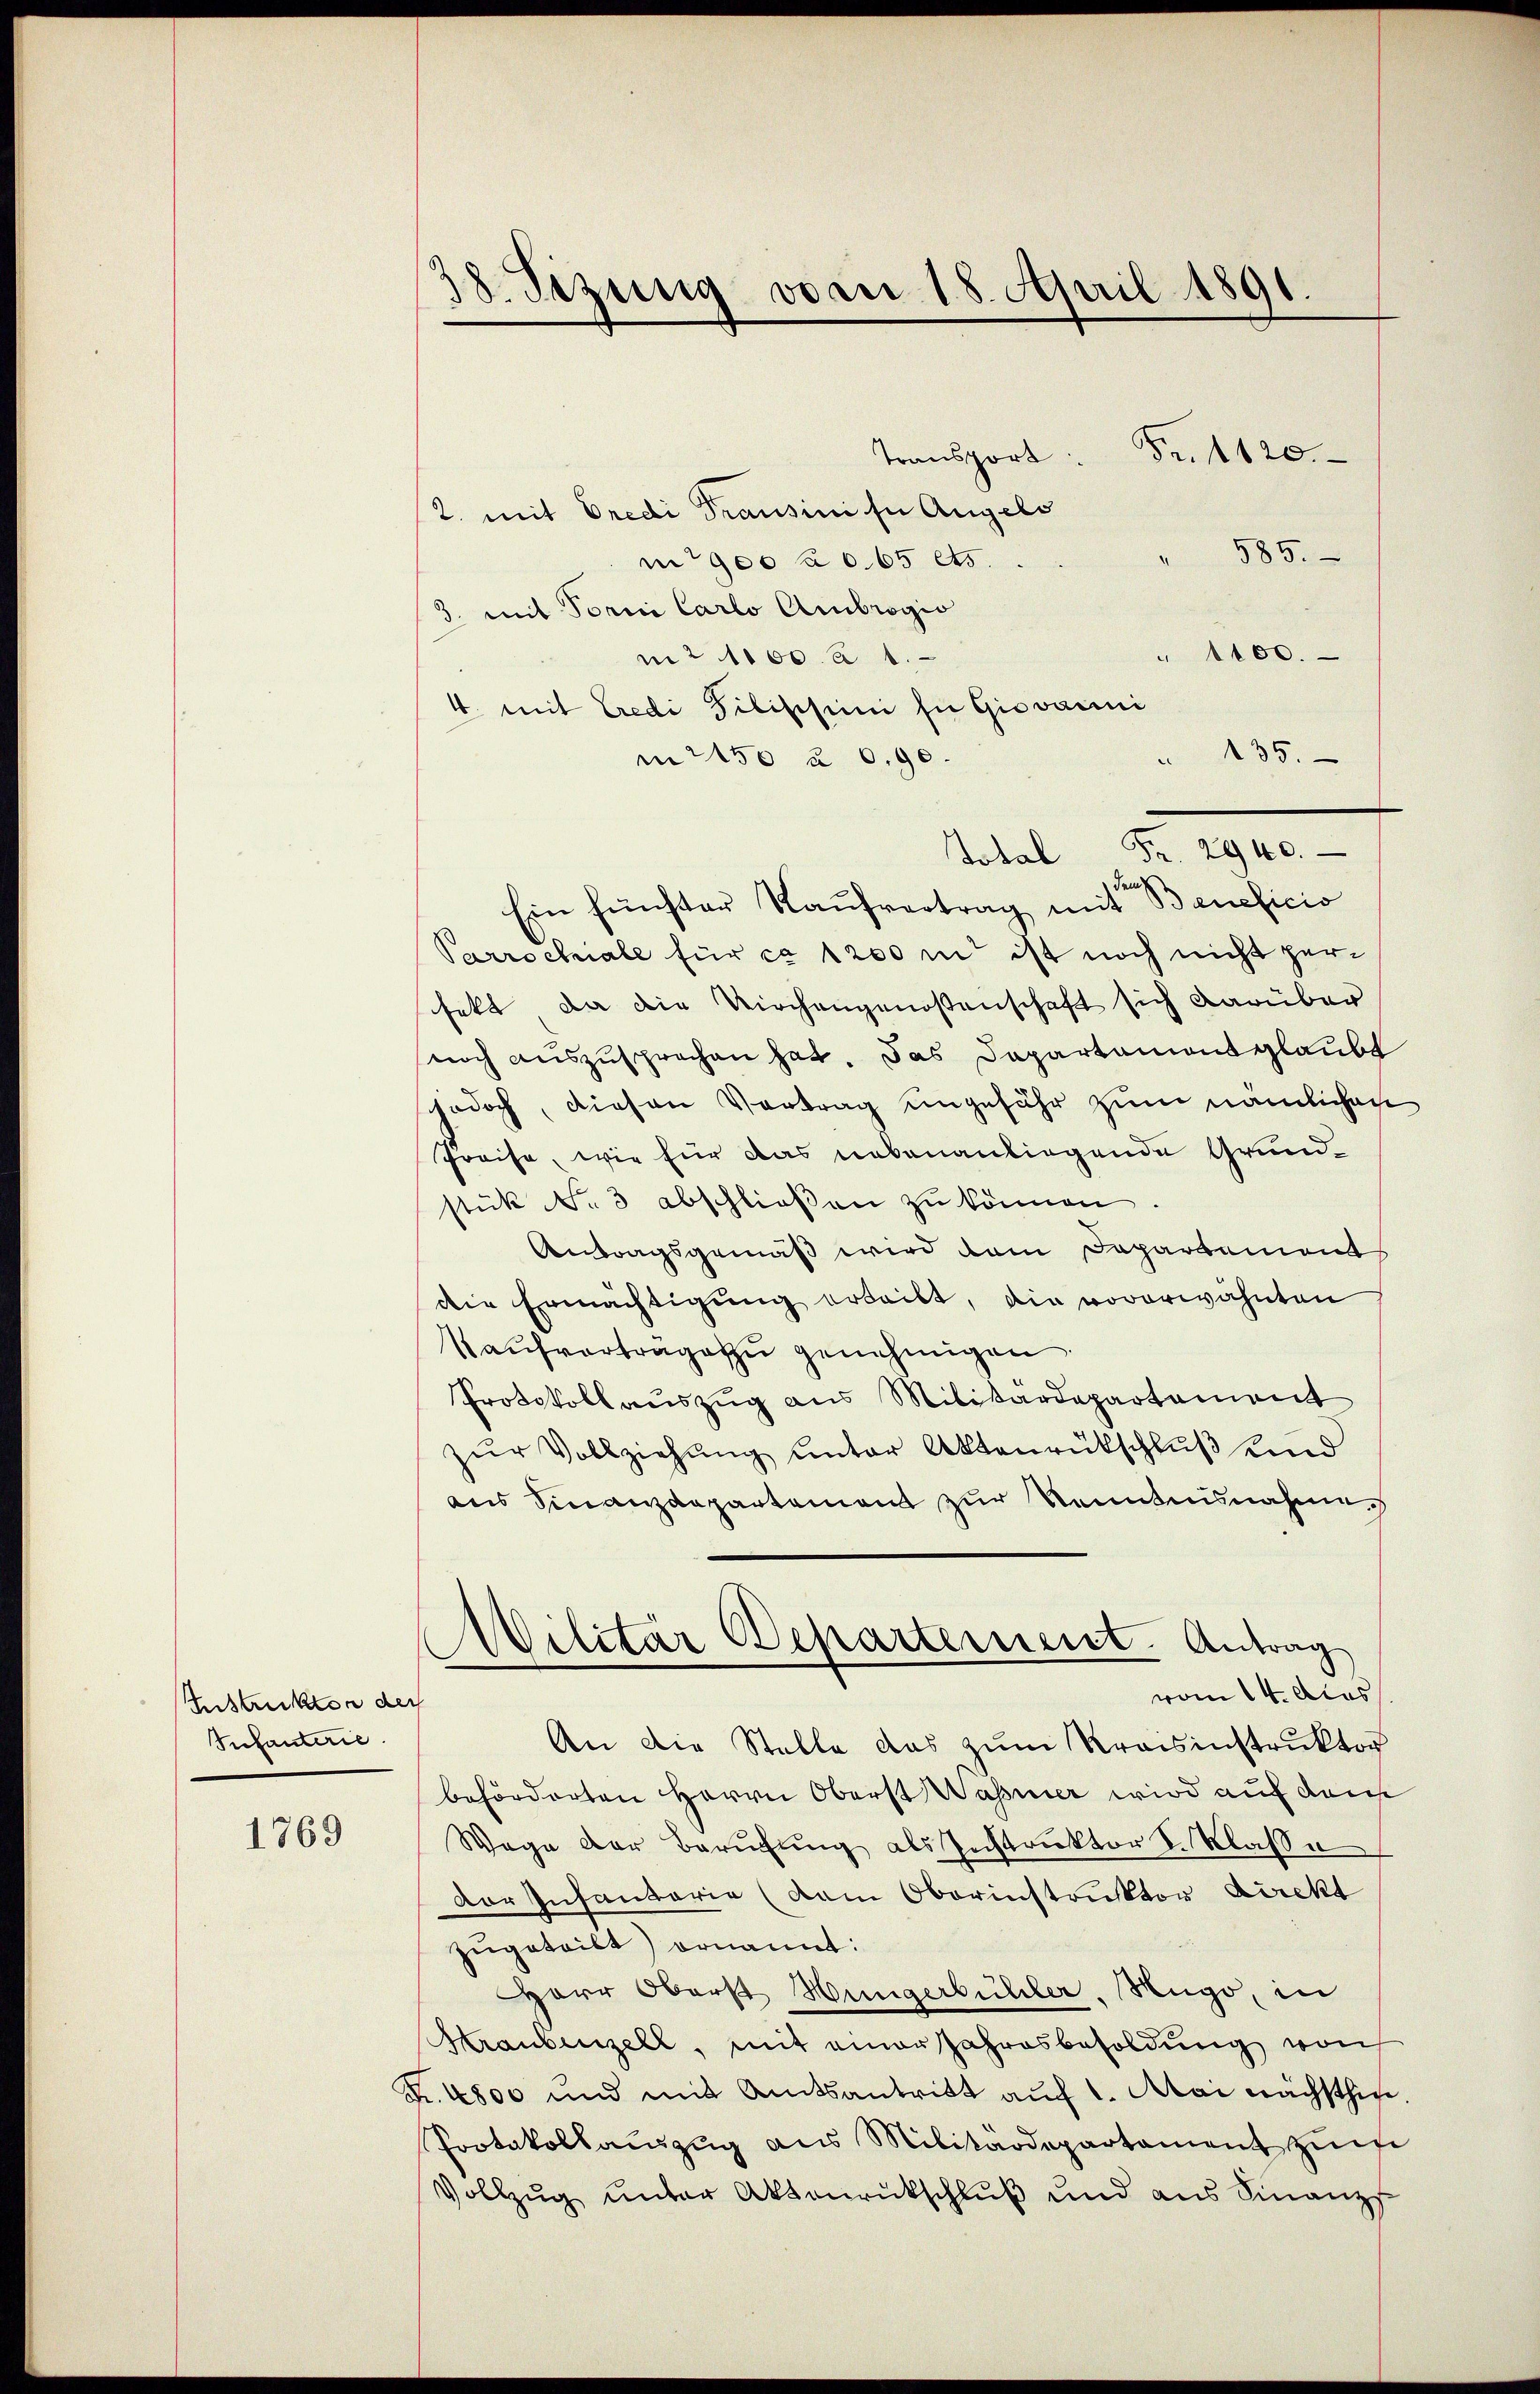
Instrukten der
Infanterie.

1769

38. Sizung vorn 18. April 1891.

Transport Fr. 1120.
2. mit Credi Transini in Angels
585.
m 900 à 665 Cts.
3. mit Torni Carlo Ambrogio
" 1100.
m2 1100. u 1.
4. mit Credi Filischini in Giovani
135.
m2150 à 0,90.
Total Fr. 2940.
 Beneficio
Ein fünster Kaŭfvertrag mit
Parrochiale für ca 1200 m ist noch nicht herfekt, da die Kirchengenossenschaft sich darüber
noch auszusprechen hat. Das Departament glaubt
edoch, diesen Vortrag eingefähr zum nämlichen
Preise, wie für das nebenanliegende Grundstük No 3 abschließen zu können
Antragsgemäß wird dem Departement
die Ermächtigung erteilt, die vorerwähnten
Kaŭfvertrage zu genehmigen.
Protokoll auszug aus Militärdepartament
zŭr Vollziehung unter Aktenrückschluß und
aus Finanzdepartement zur Kenntnisnahme
Wilitar Departement. Antrag
vom 14. Acas
An die Stelle das zum Kraisinstruktor
beförderten Herrn Oberst Wasner wird auf dem
Wege der Berufung als Instruktor Sr. Klasse
Der Infantarie (dam Oberinstruktor Direkt
zugetribt) ernannt:
Herr Oberst Hungerbühler, Nugo, in
Kraubenzell, mit einer Jahresbesoldung von
Fr. 4800 und mit Amtsantritt auf 1. Mai nächsthin.
Protokollauszug aus Militärdepartament zum
Vollzug unter Aktenrückschluß und aus Finanz